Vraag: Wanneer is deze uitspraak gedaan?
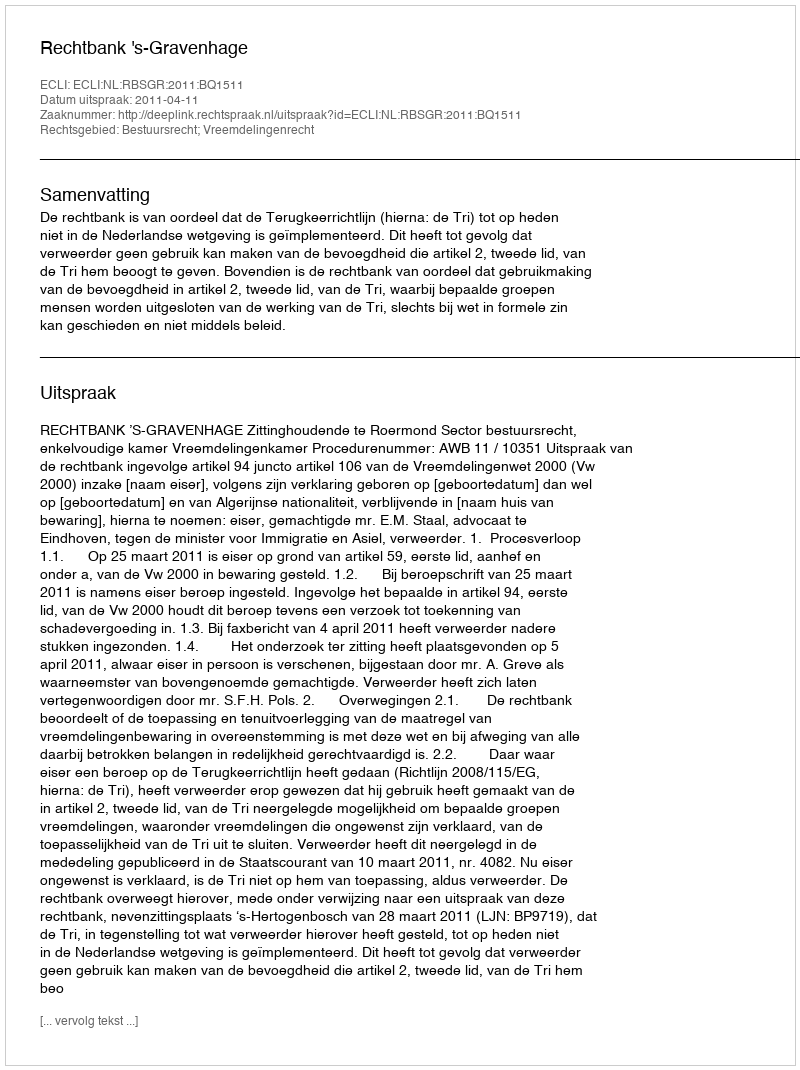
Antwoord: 2011-04-11